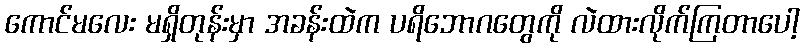
ကောင်မလေး မရှိတုန်းမှာ အခန်းထဲက ပရိဘောဂတွေကို လဲထားလိုက်ကြတာပေါ့